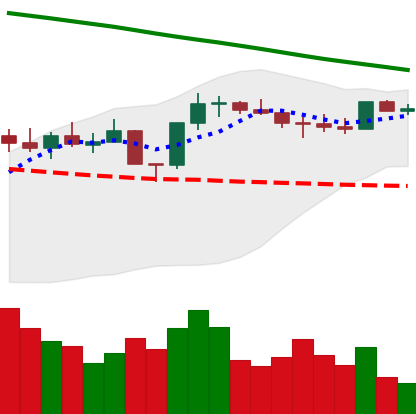
Ticker: ETH-USD
Chart end date: 2022-08-07
Forward return: 15.176%
Label: up_7plus